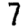
Digit: 7